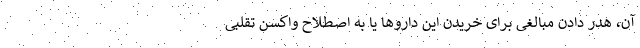
آن، هدر دادن مبالغی برای خریدن این داروها یا به اصطلاح واکسن تقلبی